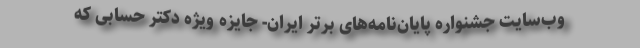
وب‌سایت جشنواره پایان‌نامه‌های برتر ایران- جایزه ویژه دکتر حسابی که